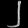
Digit: ၂